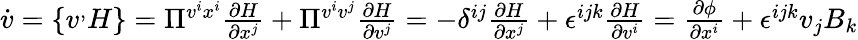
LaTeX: \begin{array}{r}{\dot{v}=\{ v^,H\} =\Pi^{v^{i}x^{i}}\frac{\partial H}{\partial x^{j}}+\Pi^{v^{i}v^{j}}\frac{\partial H}{\partial v^{j}}=-\delta^{ij}\frac{\partial H}{\partial x^{j}}+\epsilon^{ijk}\frac{\partial H}{\partial v^{i}}=\frac{\partial\phi}{\partial x^{i}}+\epsilon^{ijk}v_{j}B_{k}}\end{array}